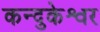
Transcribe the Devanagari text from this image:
कन्दुकेश्वर